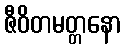
ဇီဝိတမတ္တနော